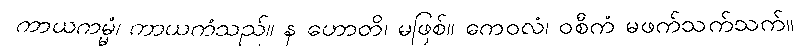
ကာယကမ္မံ၊ ကာယကံသည်။ န ဟောတိ၊ မဖြစ်။ ကေဝလံ၊ ဝစီကံ မဖက်သက်သက်။